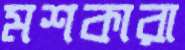
মশকারা